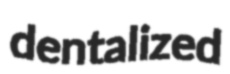
dentalized